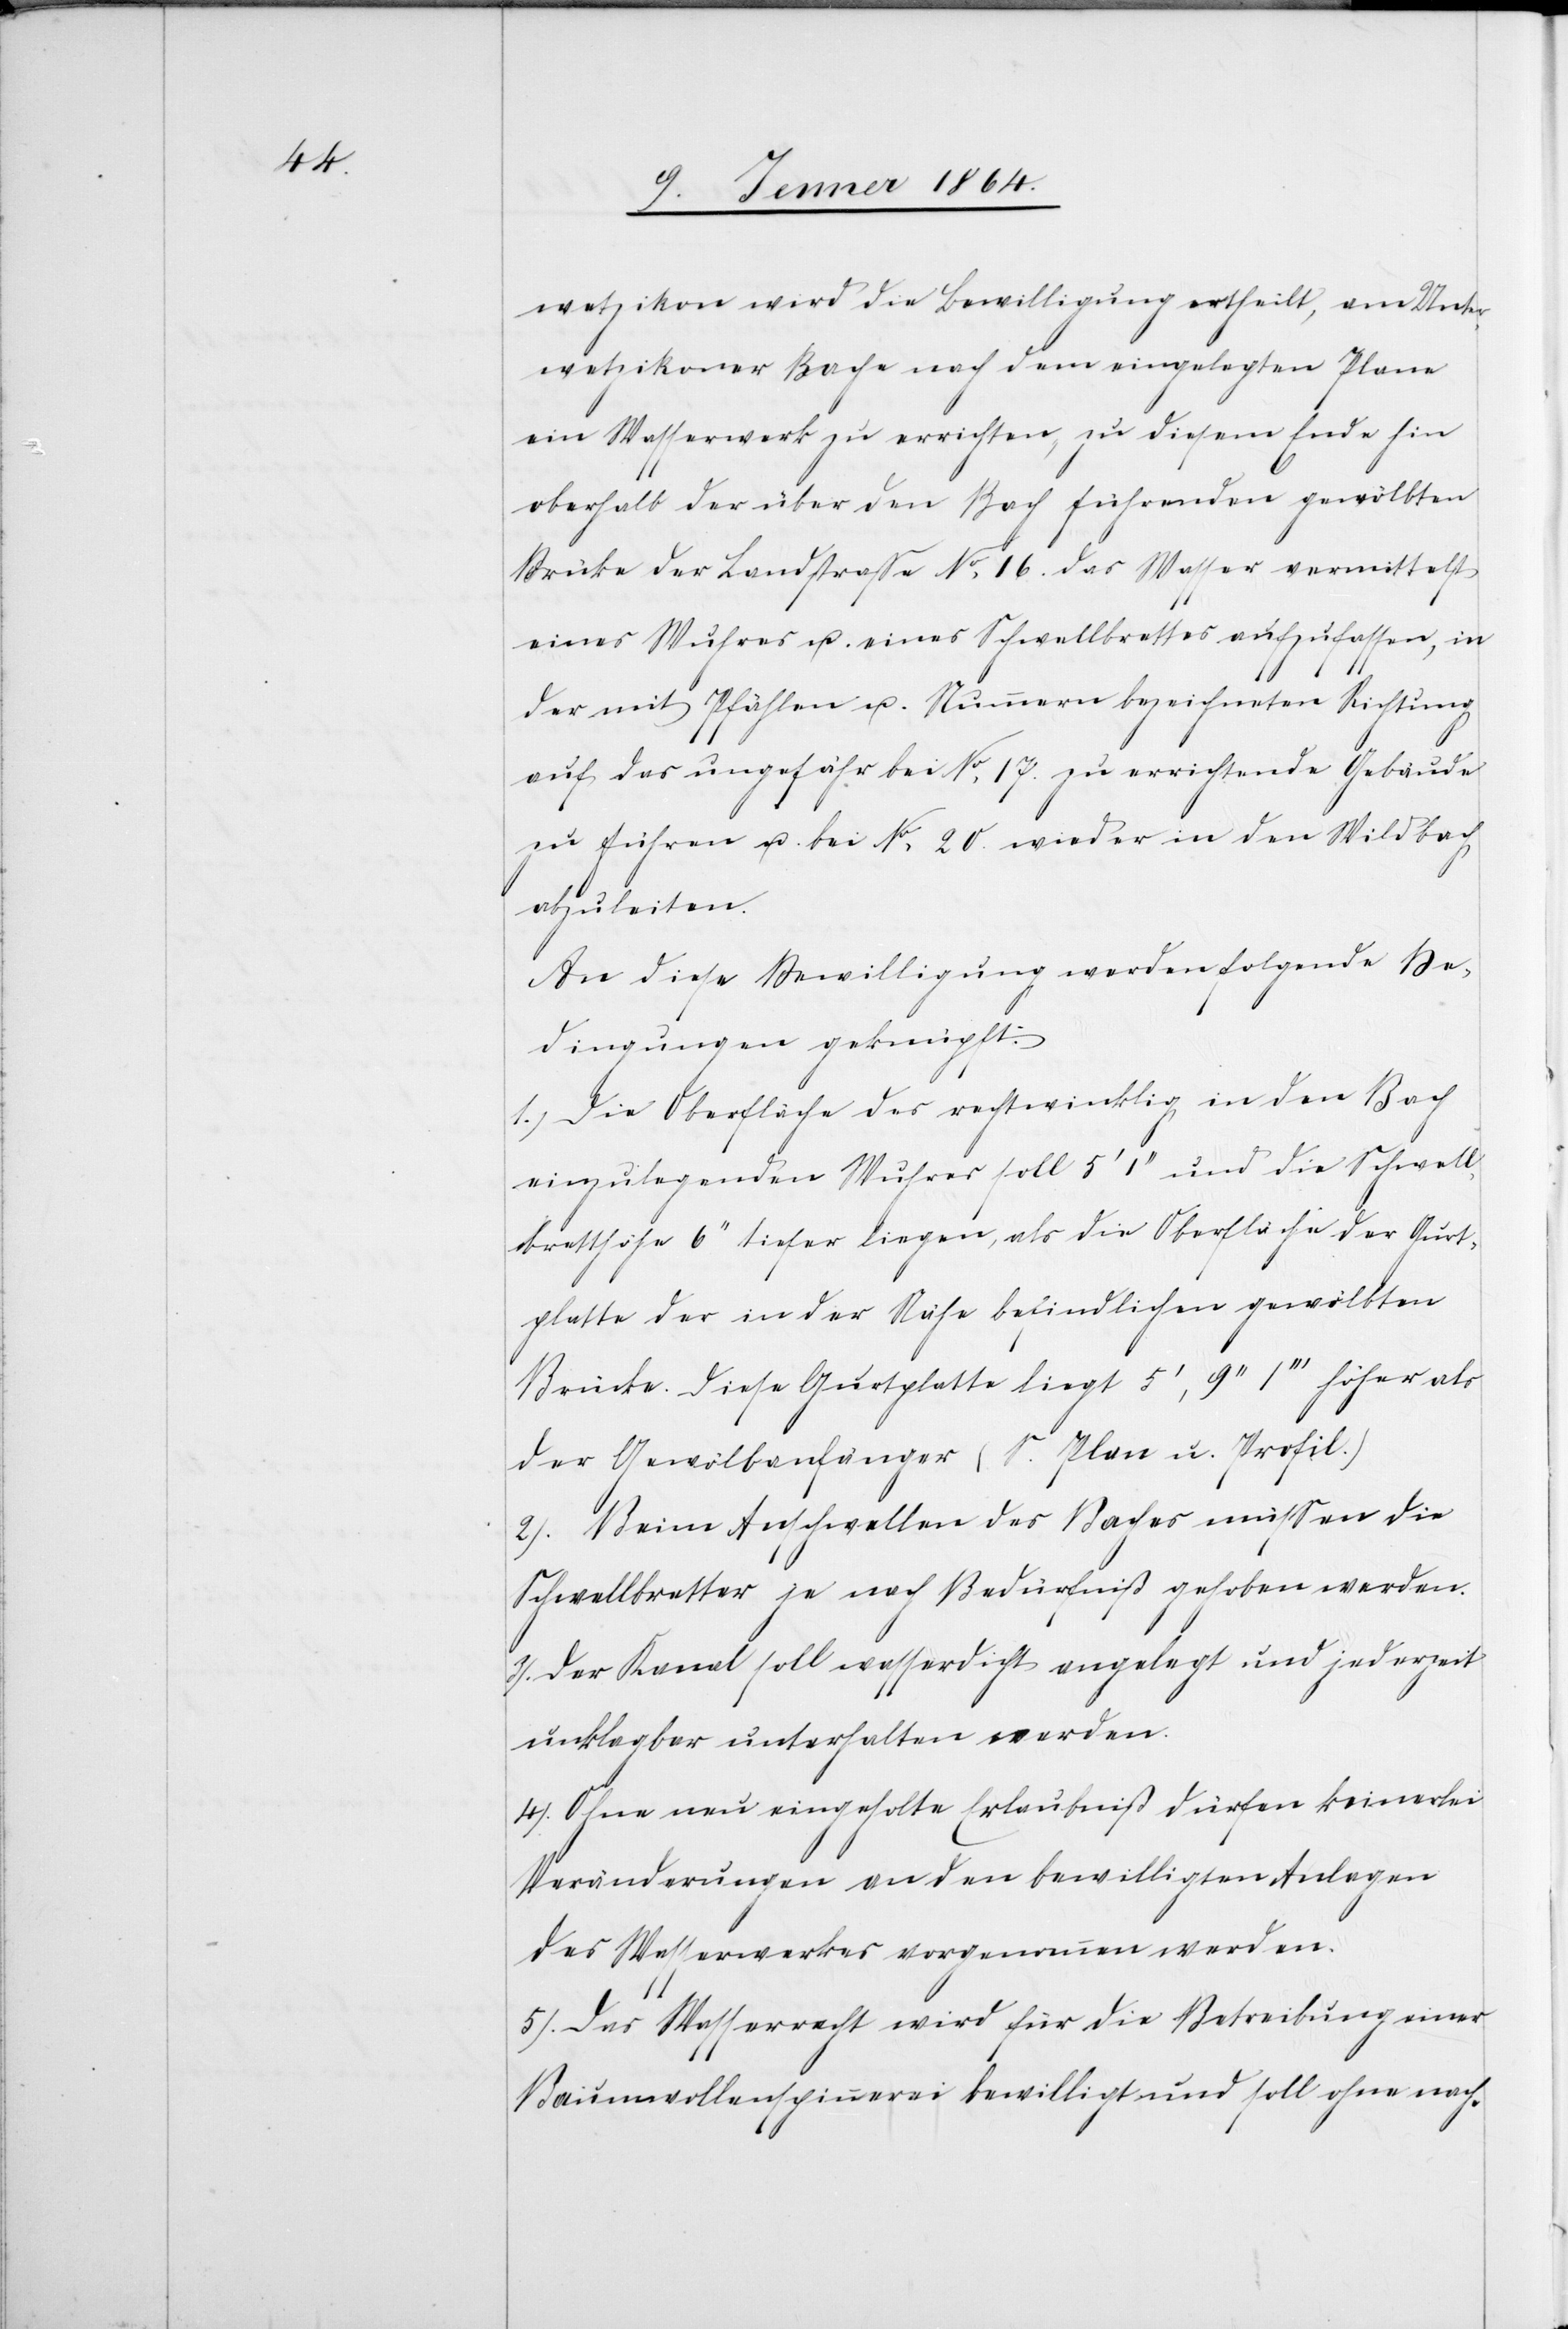
wetzikon wird die Beweilligung ertheilt, am Unter¬
wetzikoner Bade nach dem eingelegten Plane
ein Wasserwerk zu errichten, zu diesem Ende hin
oberhalb der über den Bach führenden gewölbten
Brücke der Landstraße Nr 16. das Wasser vermittelst
eines Wuhres u. eines Schwellbrettes aufzufassen, in
der mit Pfählen u. Nummern bezeichneten Richtung
auf das ungefähr bei Nr.17. zu errichtende Gebäude
zu führen u. bei Nr. 20. wieder in den Wildbach
abzuleiten.
An diese Bewilligung werden folgende Be¬
dingungen geknüpft:
1.) Die Oberfläche des rechtwinklig in den Bach
einzulegenden Wuhres soll 5' 1'' und die Schwell¬
bretthöhe 6'' tiefer liegen, als die Oberfläche der Gurt¬
platte der in der Ruhe befindlichen gewölbten
Brücke. Diese Gurtplatte liegt 5', 9'' 1''' höher als
der Gewölbanfänger (S. Plan u. Profil.)
2.) Beim Anschwellen des Baches müssen die
Schwellbretter je nach Bedürfniß gehoben werden.
3.) Der Kanal soll wasserdicht angelegt und jederzeit
unklagbar unterhalten werden.
4.) Ohne neu eingeholte Erlaubniß dürfen keinerlei
Veränderungen an den bewilligten Anlagen
des Wasserwerkes vorgenommen werden.
5.) Das Wasserrecht wird für die Betreibung einer
Baumwollenspinnerei bewilligt und soll ohne nach-